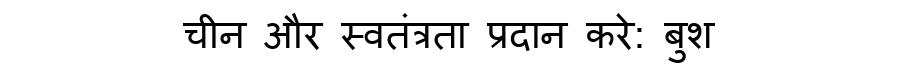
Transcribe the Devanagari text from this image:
चीन और स्वतंत्रता प्रदान करे: बुश